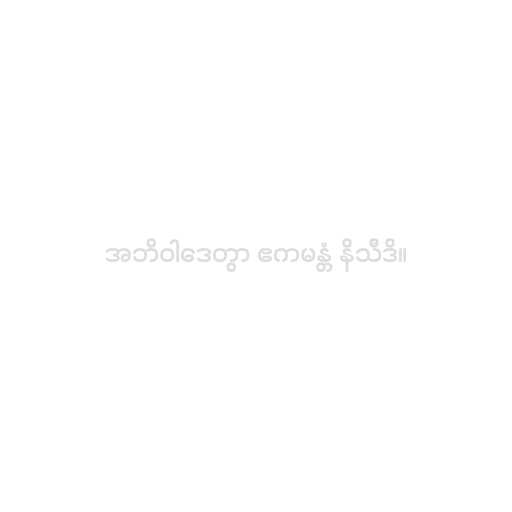
အဘိဝါဒေတွာ ဧကမန္တံ နိသီဒိ။